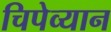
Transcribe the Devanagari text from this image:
चिपेव्यान